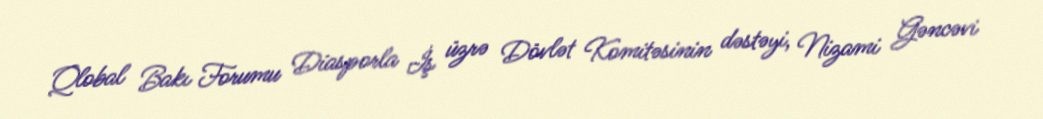
Qlobal Bakı Forumu Diasporla İş üzrə Dövlət Komitəsinin dəstəyi, Nizami Gəncəvi